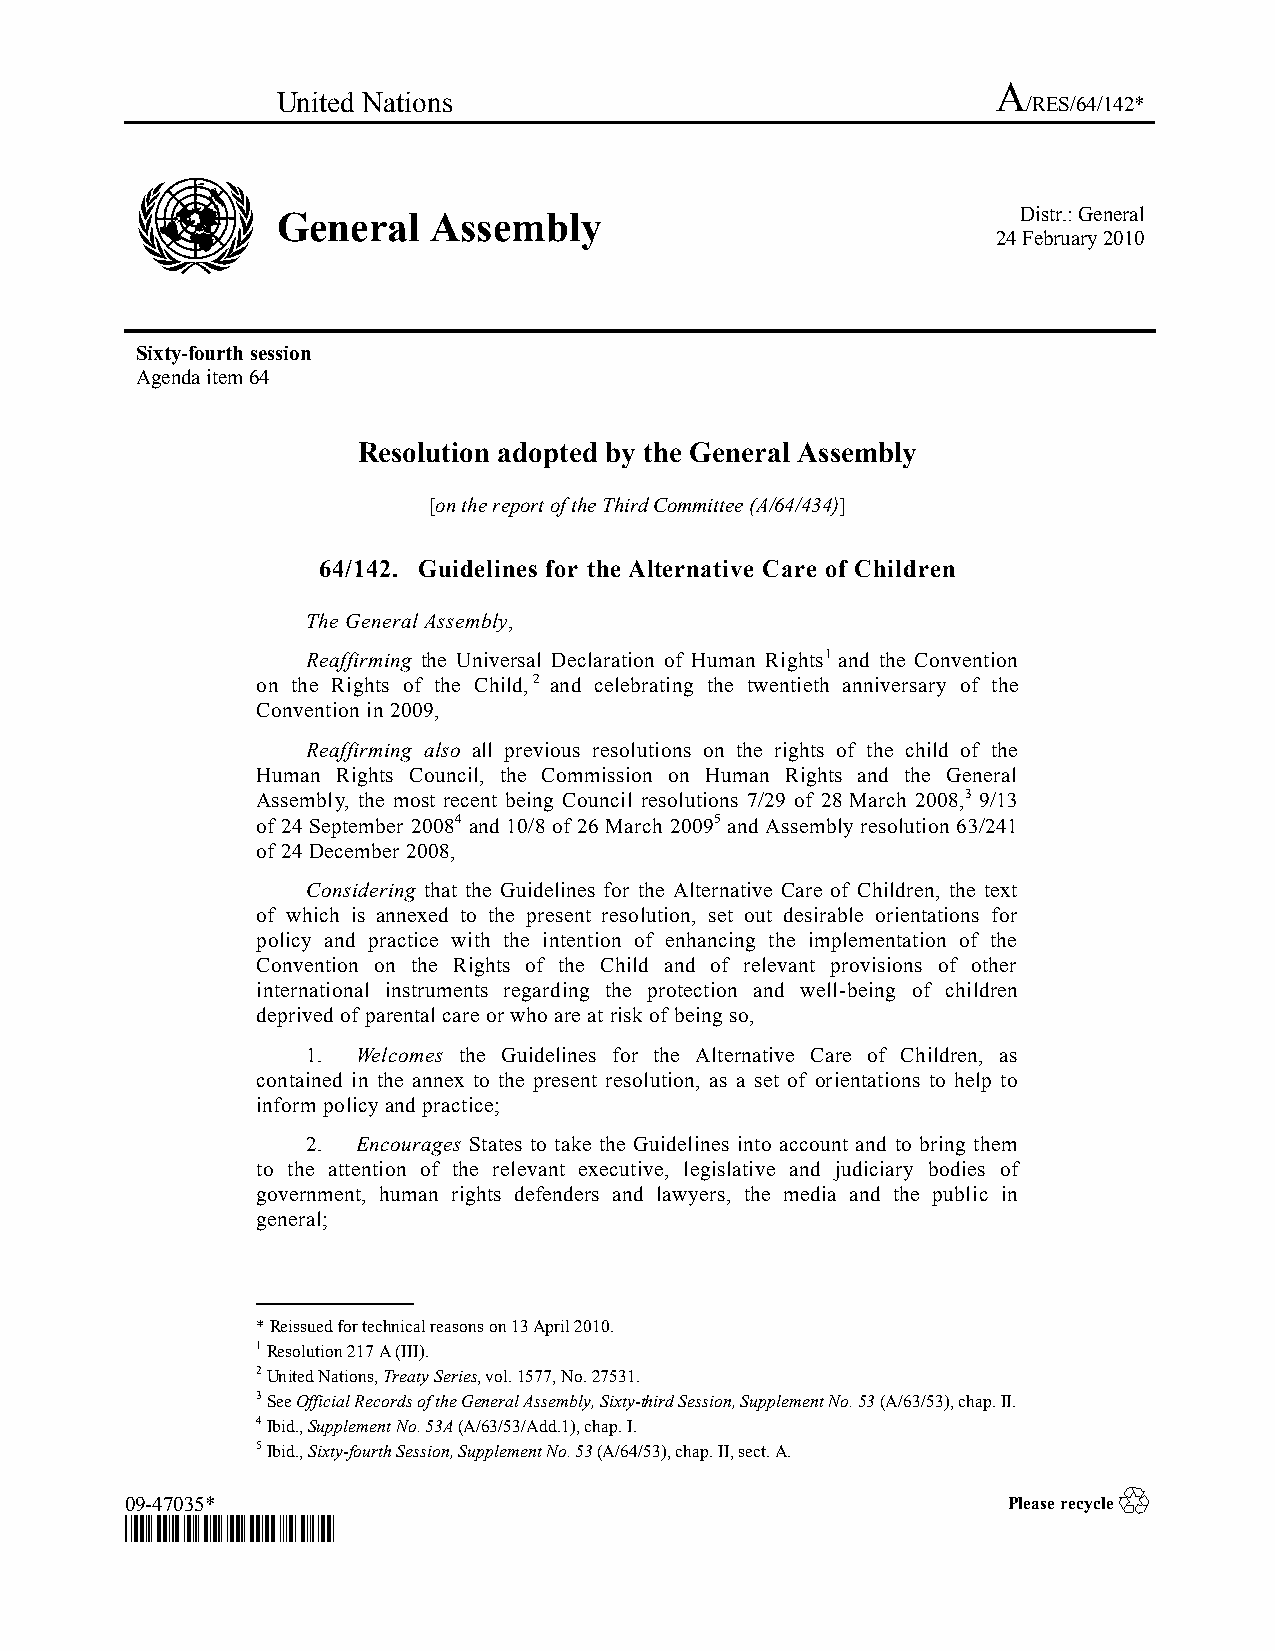
A
 United Nations                                    /RES/64/142*
 General   Assembly                                Distr.: General
 24 February 2010
 Sixty-fourth session
 Agenda item 64
 Resolution adopted by the General Assembly
 [on the report of the Third Committee (A/64/434)]
 64/142. Guidelines for the Alternative Care of Children
 The General Assembly,
 Reaffirming the Universal Declaration of Human Rights1and the Convention
 on the Rights of the Child,2 and celebrating the twentieth anniversary of the
 Convention in 2009,
 Reaffirming also all previous resolutions on the rights of the child of the
 Human Rights Council, the Commission on Human Rights and the General
 Assembly, the most recent being Council resolutions 7/29 of 28 March 2008,39/13
 of 24 September 20084and 10/8 of 26 March 20095and Assembly resolution 63/241
 of 24 December 2008,
 Considering that the Guidelines for the Alternative Care of Children, the text
 of which is annexed to the present resolution, set out desirable orientations for
 policy and practice with the intention of enhancing the implementation of the
 Convention on the Rights of the Child and of relevant provisions of other
 international instruments regarding the protection and well-being of children
 deprived of parental care or who are at risk of being so,
 1.  Welcomes the Guidelines for the Alternative Care of Children, as
 contained in the annex to the present resolution, as a set of orientations to help to
 inform policyand practice;
 2.  Encourages States to take the Guidelines into account and to bring them
 to the attention of the relevant executive, legislative and judiciary bodies of
 government, human rights defenders and lawyers, the media and the public in
 general;
 _______________
 *Reissued for technical reasons on 13April 2010.
 1Resolution 217A(III).
 2United Nations, Treaty Series, vol.1577, No.27531.
 3See Official Records of the General Assembly, Sixty-third Session, Supplement No.53(A/63/53), chap.II.
 4Ibid., Supplement No.53A(A/63/53/Add.1), chap.I.
 5Ibid., Sixty-fourth Session, Supplement No.53(A/64/53), chap.II, sect.A.
 ♲
 09-47035*                                                  Please recycle
 *0947035*